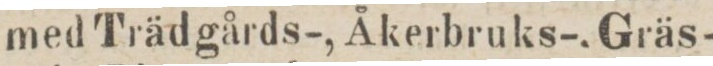
med Trädgårds-, Åkerbruks-, Gräs-